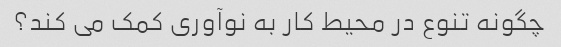
چگونه تنوع در محیط کار به نوآوری کمک می کند؟